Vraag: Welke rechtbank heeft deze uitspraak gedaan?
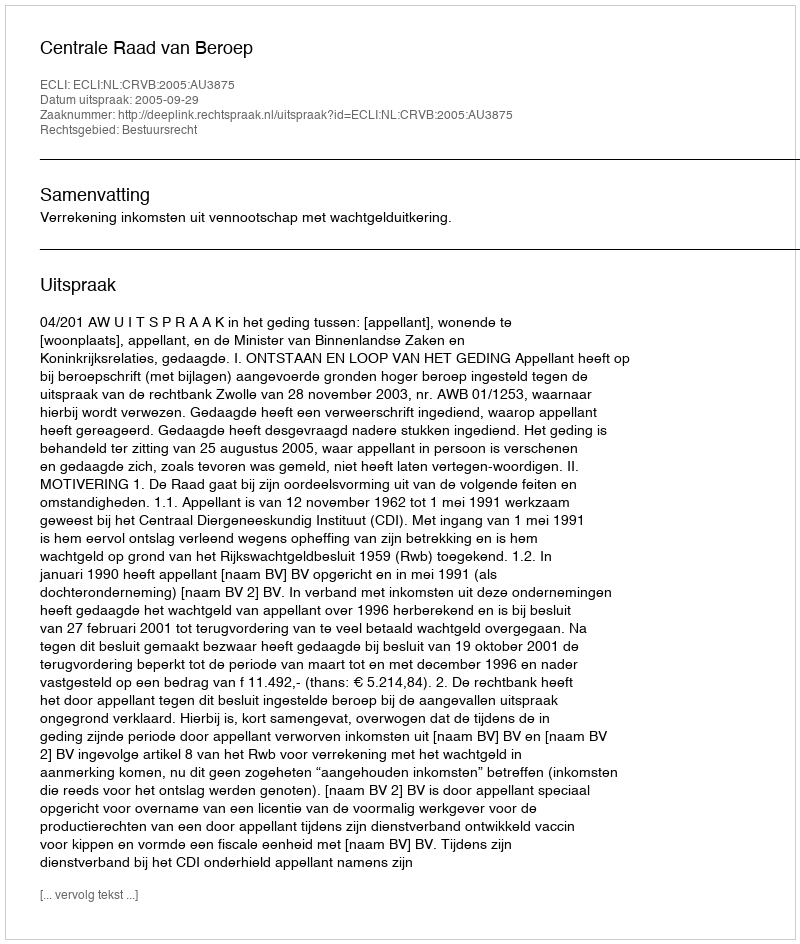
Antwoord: Centrale Raad van Beroep